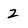
Character: 2